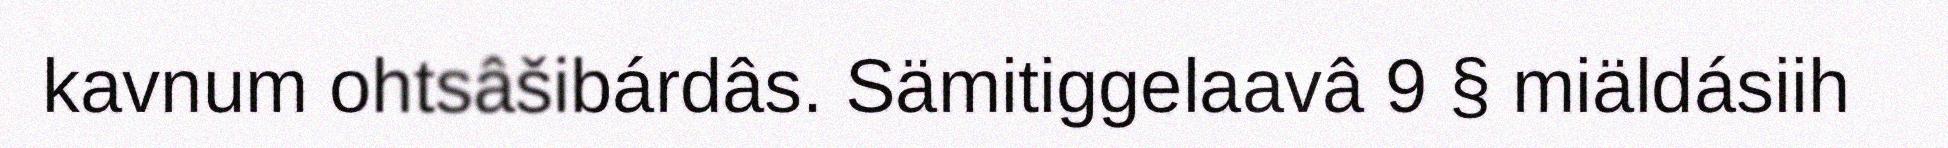
kavnum ohtsâšibárdâs. Sämitiggelaavâ 9 § miäldásiih